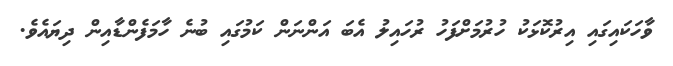
ވާހަކައިގައި އިރުކޮޅަކު ހުރުމަށްފަހު ރުހައިލު އެބަ އަންނަން ކަމުގައި ބުނެ ހާމަފެންޑާއިން ދިޔައެވެ.